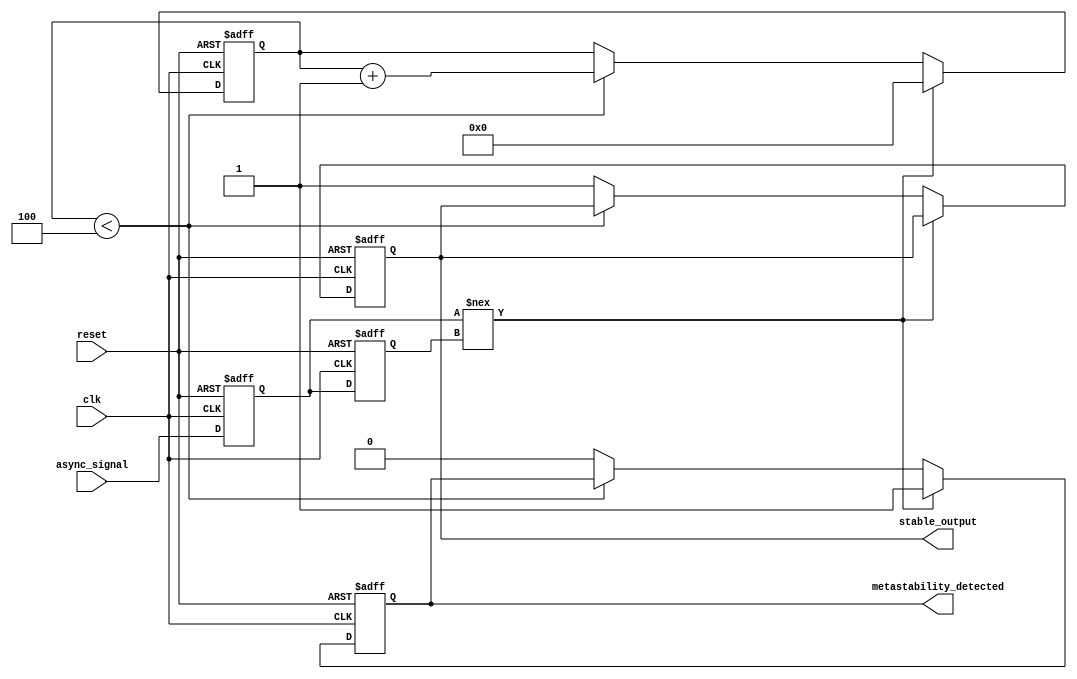
module metastability_detector (
    input wire clk,                  // Clock signal
    input wire reset,                // Reset signal
    input wire async_signal,         // Asynchronous input signal
    output reg metastability_detected, // Flag indicating metastability
    output reg stable_output          // Flag indicating stable output
);

    // Internal signals for latches
    reg latch1_out;
    reg latch2_out;

    // Parameters for timing analysis
    parameter STABILITY_THRESHOLD = 4; // Number of clock cycles to determine stability

    // Counter to monitor stability
    reg [3:0] stability_counter;

    // Latch sampling process
    always @(posedge clk or posedge reset) begin
        if (reset) begin
            latch1_out <= 1'b0;
            latch2_out <= 1'b0;
            metastability_detected <= 1'b0;
            stable_output <= 1'b0;
            stability_counter <= 0;
        end else begin
            // Sample async signal into latch1
            latch1_out <= async_signal;

            // Sample latch1 output into latch2
            latch2_out <= latch1_out;

            // Check for metastability condition
            if (latch1_out !== latch2_out) begin
                metastability_detected <= 1'b1; // Indicate metastability detected
                stability_counter <= 0;          // Reset stability counter
            end else begin
                if (stability_counter < STABILITY_THRESHOLD) begin
                    stability_counter <= stability_counter + 1;
                end else begin
                    metastability_detected <= 1'b0; // No metastability detected
                    stable_output <= 1'b1;          // Output is stable
                end
            end
        end
    end

endmodule